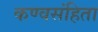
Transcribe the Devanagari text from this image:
कण्वसंहिता